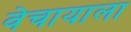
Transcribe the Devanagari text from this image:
वेचायाला